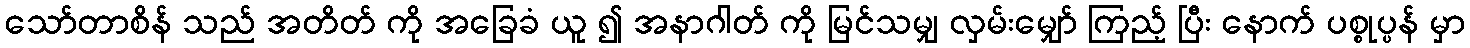
သော်တာစိန် သည် အတိတ် ကို အခြေခံ ယူ ၍ အနာဂါတ် ကို မြင်သမျှ လှမ်းမျှော် ကြည့် ပြီး နောက် ပစ္စုပ္ပန် မှာ